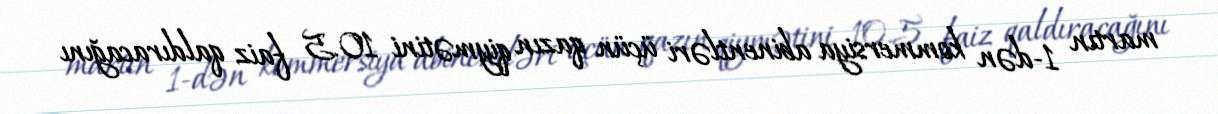
martın 1-dən kommersiya abinentləri üçün qazın qiymətini 10.5 faiz qaldıracağını